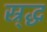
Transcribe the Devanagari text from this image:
स्र्द्ध